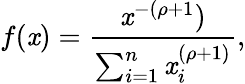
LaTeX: f(\mathit{x})=\frac{{\mathit{x}^{-(\rho+1})}}{{\sum_{i=1}^{n}\mathit{x}_{i}^{(\rho+1)}}},